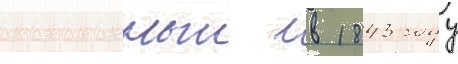
построенныи в 1843 году